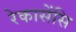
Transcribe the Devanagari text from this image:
रेकासेंसि